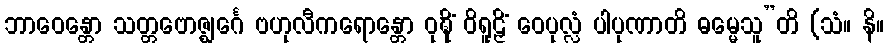
ဘာဝေန္တော သတ္တဗောဇ္ဈင်္ဂေ ဗဟုလီကရောန္တော ဝုဍ္ဎိံ ဝိရူဠှိံ ဝေပုလ္လံ ပါပုဏာတိ ဓမ္မေသူ”တိ (သံ။ နိ။